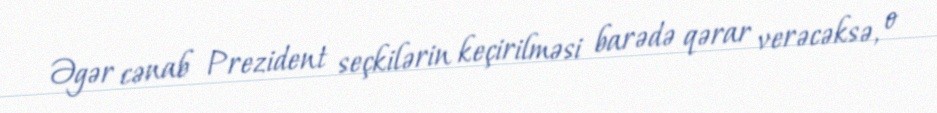
Əgər cənab Prezident seçkilərin keçirilməsi barədə qərar verəcəksə, o